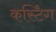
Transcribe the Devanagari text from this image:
कर्स्टिंग